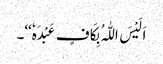
اَلَیْسَ اللّٰہُ بِکَافٍ عَبْدَہٗ‘‘۔